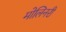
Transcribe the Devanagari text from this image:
मोलिनरी